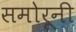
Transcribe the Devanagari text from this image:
समोरूनी